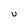
Character: U